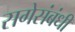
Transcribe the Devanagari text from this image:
सगेसंबंधी